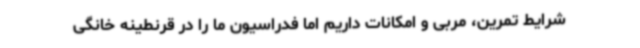
شرایط تمرین، مربی و امکانات داریم اما فدراسیون ما را در قرنطینه خانگی